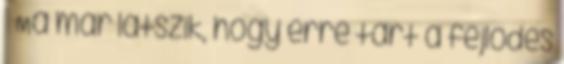
● Ma már látszik, hogy erre tart a fejlődés